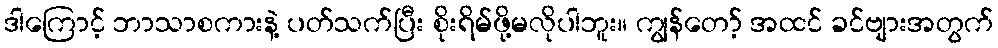
ဒါကြောင့် ဘာသာစကားနဲ့ ပတ်သက်ပြီး စိုးရိမ်ဖို့မလိုပါဘူး။ ကျွန်တော့် အထင် ခင်ဗျားအတွက်